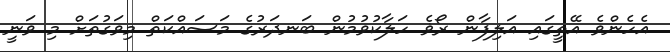
އެހެންވެ އޭތީގައި އަލިފާން ރޯޥެ ހަލާކުވުމުން ބަނދަރުގެ މަސައްކަތް މިވަގުތަށް މި ވަނީ